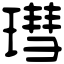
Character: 㻰